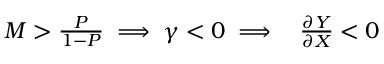
\begin{array} { r } { M > \frac { P } { 1 - P } \implies \gamma < 0 \implies ~ ~ \frac { \partial Y } { \partial X } < 0 } \end{array}